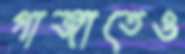
গাজাতেও